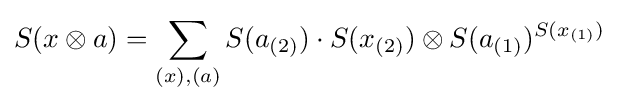
S(x\otimes a)=\sum _{(x),(a)}S(a_{(2)})\cdot S(x_{(2)})\otimes S(a_{(1)})^{S(x_{(1)})}